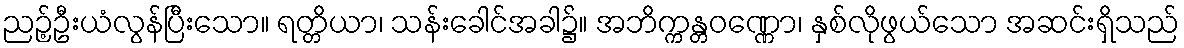
ညဉ့်ဦးယံလွန်ပြီးသော။ ရတ္တိယာ၊ သန်းခေါင်အခါ၌။ အဘိက္ကန္တဝဏ္ဏော၊ နှစ်လိုဖွယ်သော အဆင်းရှိသည်